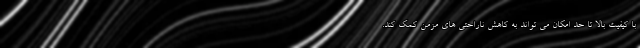
با کیفیت بالا تا حد امکان می تواند به کاهش ناراحتی های مزمن کمک کند.